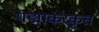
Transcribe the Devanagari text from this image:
पद्माकरकृत